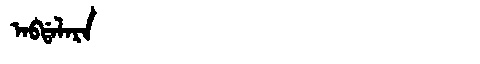
Manchu: ᠠᠪᡩᠠᠯᠠᡵᠠ
Romanization: ABDALARA